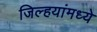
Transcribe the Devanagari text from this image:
जिल्हयांमध्ये